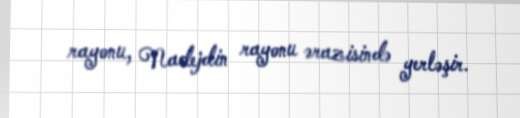
rayonu, Nadejdin rayonu ərazisində yerləşir.